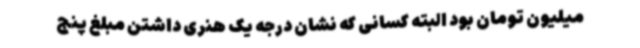
میلیون تومان بود البته کسانی که نشان درجه یک هنری داشتن مبلغ پنج